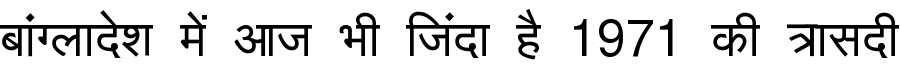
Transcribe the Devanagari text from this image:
बांग्लादेश में आज भी जिंदा है 1971 की त्रासदी